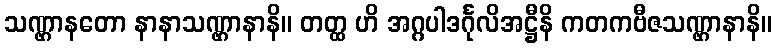
သဏ္ဌာနတော နာနာသဏ္ဌာနာနိ။ တတ္ထ ဟိ အဂ္ဂပါဒင်္ဂုလိအဋ္ဌီနိ ကတကဗီဇသဏ္ဌာနာနိ။